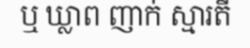
ឬ ឃ្លាព ញាក់ ស្មារតី